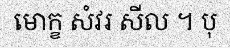
មោក្ខ សំវរ សីល ។ បុ